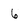
Character: 6